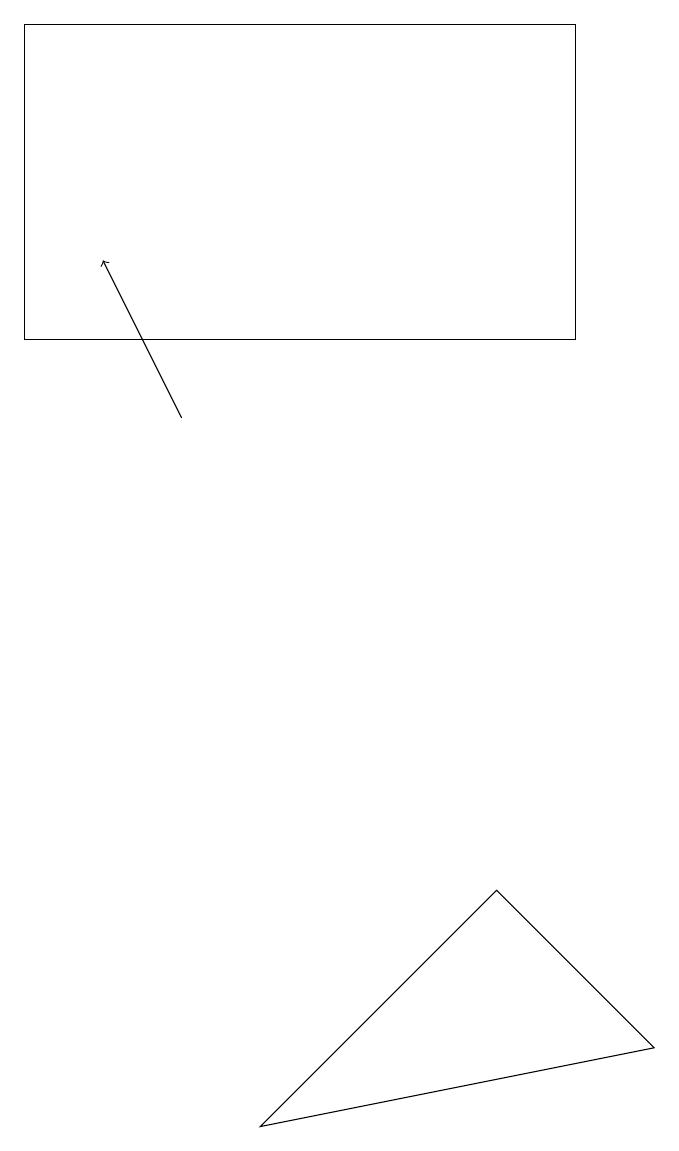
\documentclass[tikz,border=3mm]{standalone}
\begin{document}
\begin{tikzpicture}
\draw[->] (2,13) -- (1,15);
\draw (8,5) -- (6,7) -- (3,4) -- cycle;
\draw (7,18) rectangle (0,14);
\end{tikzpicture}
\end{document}